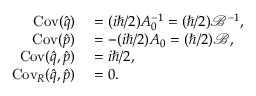
\begin{array} { r l } { \operatorname { C o v } ( \hat { q } ) } & { { } = ( i \hbar / 2 ) A _ { 0 } ^ { - 1 } = ( \hbar / 2 ) \mathcal { B } ^ { - 1 } , } \\ { \operatorname { C o v } ( \hat { p } ) } & { { } = - ( i \hbar / 2 ) A _ { 0 } = ( \hbar / 2 ) \mathcal { B } , } \\ { \operatorname { C o v } ( \hat { q } , \hat { p } ) } & { { } = i \hbar / 2 , } \\ { \operatorname { C o v } _ { R } ( \hat { q } , \hat { p } ) } & { { } = 0 . } \end{array}